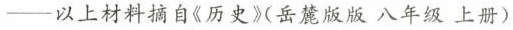
——以上材料摘自《历史》(岳麓版版八年级上册)